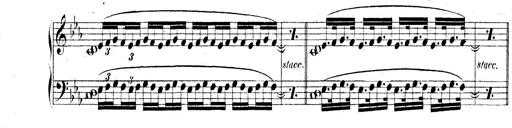
Title: Technische Studien
Composer: Franz Liszt